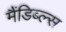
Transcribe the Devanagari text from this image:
मैंडिब्ल्स